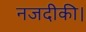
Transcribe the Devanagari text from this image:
नजदीकी।